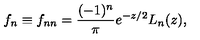
f _ { n } \equiv f _ { n n } = \frac { ( - 1 ) ^ { n } } { \pi } e ^ { - z / 2 } L _ { n } ( z ) ,